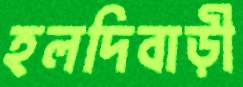
হলদিবাড়ী